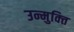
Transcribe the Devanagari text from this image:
उन्मुक्‍ति